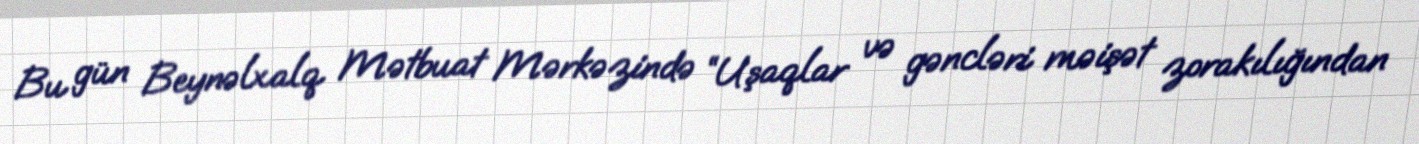
Bu gün Beynəlxalq Mətbuat Mərkəzində “Uşaqlar və gəncləri məişət zorakılığından